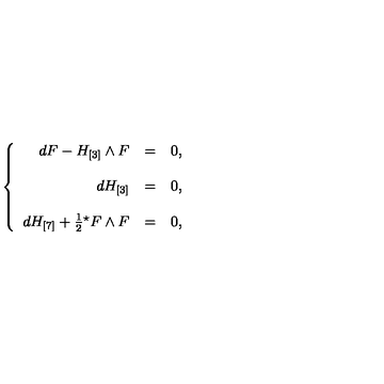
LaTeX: \left\{ \begin{array} { r c l } { d F - H _ { [ 3 ] } \wedge F } & { = } & { 0 , } \\ { } & { } & { } \\ { d H _ { [ 3 ] } } & { = } & { 0 , } \\ { } & { } & { } \\ { d H _ { [ 7 ] } + \frac { 1 } { 2 } { } ^ { \star } F \wedge F } & { = } & { 0 , } \\ \end{array} \right.